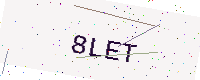
Text: 8LET